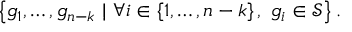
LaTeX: \left\{ g _ { 1 } , \ldots , g _ { n - k } \ | \ \forall i \in \left\{ 1 , \ldots , n - k \right\} , \ g _ { i } \in { \mathcal { S } } \right\} .